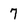
Character: 7